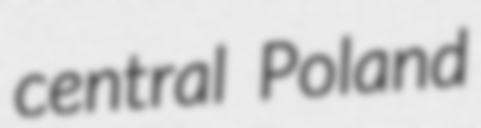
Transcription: central Poland